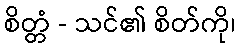
စိတ္တံ - သင်၏ စိတ်ကို၊